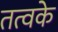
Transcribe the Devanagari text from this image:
तत्वके